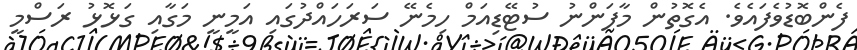
ފެންބޮޑުވެފައެވެ. އެގޮތުން މާފަންނު ސުޓޭޑިއަމް ހިމެނޭ ސަރަހައްދުގައި އަމީނީ މަގާއި ގަޅޮޅު ރަސްމީ